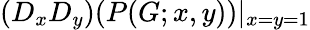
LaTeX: (D_{x}D_{y})(P(G;x,y))|_{x=y=1}